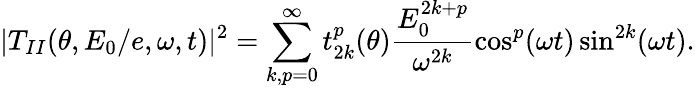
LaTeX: |T_{II}(\theta,E_{0}/e,\omega,t)|^{2}=\sum_{k,p=0}^{\infty}t_{2k}^{p}(\theta)\frac{E_{0}^{2k+p}}{\omega^{2k}}\cos^{p}(\omega t)\sin^{2k}(\omega t).